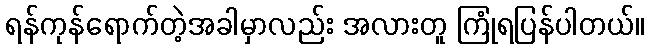
ရန်ကုန်ရောက်တဲ့အခါမှာလည်း အလားတူ ကြုံရပြန်ပါတယ်။